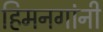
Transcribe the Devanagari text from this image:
हिमनगांनी